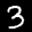
Label: 3